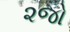
૨જો